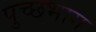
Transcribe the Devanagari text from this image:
पुच्छभाग